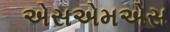
એસએમએસ